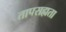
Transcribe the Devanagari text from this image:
तापसह्यता